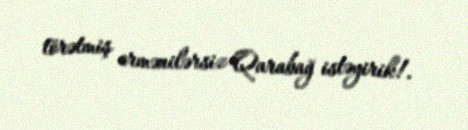
törətmiş ermənilərsiz Qarabağ istəyirik!.